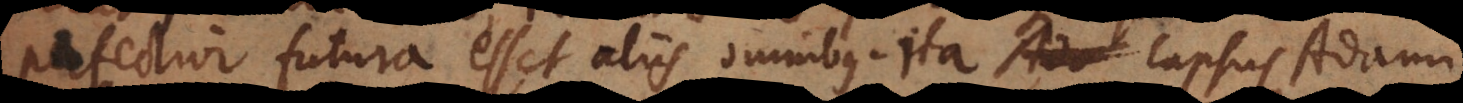
perfectior futura esset aliis omnibus. Ita lapsus Ada